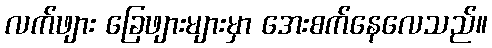
လက်ဖျား ခြေဖျားများမှာ အေးစက်နေလေသည်။